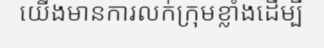
យើងមានការលក់ក្រុមខ្លាំងដើម្បី